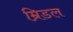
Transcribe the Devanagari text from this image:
म्रिडल